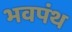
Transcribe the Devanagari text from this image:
भवपंथ